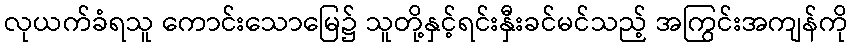
လုယက်ခံရသူ ကောင်းသောမြေ၌ သူတို့နှင့်ရင်းနှီးခင်မင်သည့် အကြွင်းအကျန်ကို